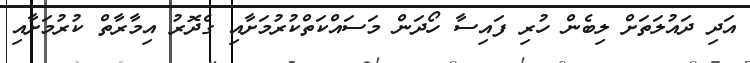
އަދި ދައުލަތަށް ލިބެން ހުރި ފައިސާ ހޯދަން މަސައްކަތްކުރުމަށާއި ގެދޮރު އިމާރާތް ކުރުމަށާއި